Sketch of the medical history of the native army of Bombay, for the year
Year: 1875
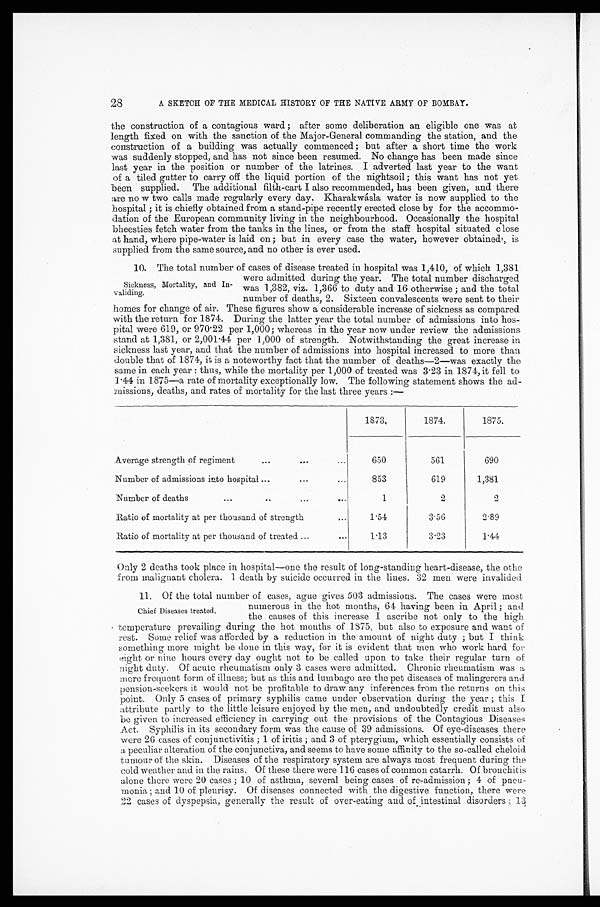
28
A SKETCH OF THE MEDICAL HISTORY OF THE NATIVE ARMY OF BOMBAY.
the construction of a contagious ward; after some deliberation an eligible one was at
length fixed on with the sanction of the Major-General commanding the station, and the
construction of a building was actually commenced; but after a short time the work
was suddenly stopped, and has not since been resumed. No change has been made since
last year in the position or number of the latrines. I adverted last year to the want
of a tiled gutter to carry off the liquid portion of the nightsoil; this want has not yet
been supplied. The additional filth-cart I also recommended, has been given, and there
are now two calls made regularly every day. Kharakwásla water is now supplied to the
hospital; it is chiefly obtained from a stand-pipe recently erected close by for the accommo-
dation of the European community living in the neighbourhood. Occasionally the hospital
bheesties fetch water from the tanks in the lines, or from the staff hospital situated close
at hand, where pipe-water is laid on; but in every case the water, however obtained, is
supplied from the same source, and no other is ever used.
10. The total number of cases of disease treated in hospital was 1,410, of which 1,381
were admitted during the year. The total number discharged
was 1,382, viz. 1,366 to duty and 16 otherwise; and the total
number of deaths, 2. Sixteen convalescents were sent to their
homes for change of air. These figures show a considerable increase of sickness as compared
with the return for 1874. During the latter year the total number of admissions into hos
- p i t a l w e r e 6 1 9 , o r 9 7 0 · 2 2 p e r 1 , 0 0 0 ; w h e r e a s i n t h e y e a r n o w u n d e r r e v i e w t h e a d m i s s i o n s
stand at 1,381, or 2,001·44 per 1,000 of strength. Notwithstanding the great increase in
sickness last year, and that the number of admissions into hospital increased to more than
double that of 1874, it is a noteworthy fact that the number of deaths—2—was exactly the
same in each year: thus, while the mortality per 1,000 of treated was 3·23 in 1874, it fell to
1·44 in 1875—a rate of mortality exceptionally low. The following statement shows the ad
- m i s s i o n s , d e a t h s , a n d r a t e s o f m o r t a l i t y f o r t h e l a s t t h r e e y e a r s : —
1873.
1874.
1875.
Average strength of regiment
650
561
690
Number of admissions into hospital
853
619
1,381
Number of deaths
1
2
2
Ratio of mortality at per thousand of strength
1·54
3·56
2·89
Ratio of mortality at per thousand of treated
1·13
3·23
1·44
Only 2 deaths took place in hospital—one the result of long-standing heart-disease, the othe
from malignant cholera. 1 death by suicide occurred in the lines. 32 men were invalided
11. Of the total number of cases, ague gives 503 admissions. The cases were most
numerous in the hot months, 64 having been in April; and
the causes of this increase I ascribe not only to the high
temperature prevailing during the hot months of 1875, but also to exposure and want of
rest. Some relief was afforded by a reduction in the amount of night duty; but I think
something more might be done in this way, for it is evident that men who work hard for
eight or nine hours every day ought not to be called upon to take their regular turn of
night duty. Of acute rheumatism only 3 cases were admitted. Chronic rheumatism was
a more frequent form of illness; but as this and lumbago are the pet diseases of malingerers and
pension-seekers it would not be profitable to draw any inferences from the returns on this
point. Only 5 cases of primary syphilis came under observation during the year; this I
attribute partly to the little leisure enjoyed by the men, and undoubtedly credit must also
be given to increased efficiency in carrying out the provisions of the Contagious Diseases
Act. Syphilis in its secondary form was the cause of 39 admissions. Of eye-diseases there
were 26 cases of conjunctivitis; 1 of iritis; and 3 of pterygium, which essentially consists of
a peculiar alteration of the conjunctiva, and seems to have some affinity to the so-called cheloid
tumour of the skin. Diseases of the respiratory system are always most frequent during the
cold weather and in the rains. Of these there were 116 cases of common catarrh. Of bronchitis
alone there were 20 cases; 10 of asthma, several being cases of re-admission; 4 of pneu-
monia; and 10 of pleurisy. Of diseases connected with the digestive function, there were
22 cases of dyspepsia, generally the result of over-eating and of intestinal disorders; 13
Sickness, Mortality, and In
-validing.
Chief Diseases treated.